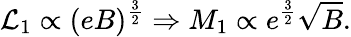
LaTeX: {\cal L}_{1}\propto(eB)^{\frac{3}{2}}\Rightarrow M_{1}\propto e^{\frac{3}{2}}\sqrt{B}.